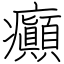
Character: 癲